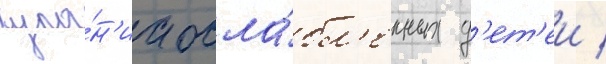
купа́н'иа осла́бл'енных д'ет'еи /